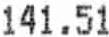
141.51